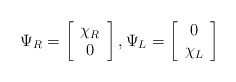
\begin{align*}\Psi_R = \left[ \begin{array}{c}\chi_R \\ 0\end{array} \right], \Psi_L = \left[ \begin{array}{c}0 \\ \chi_L \end{array} \right]\end{align*}